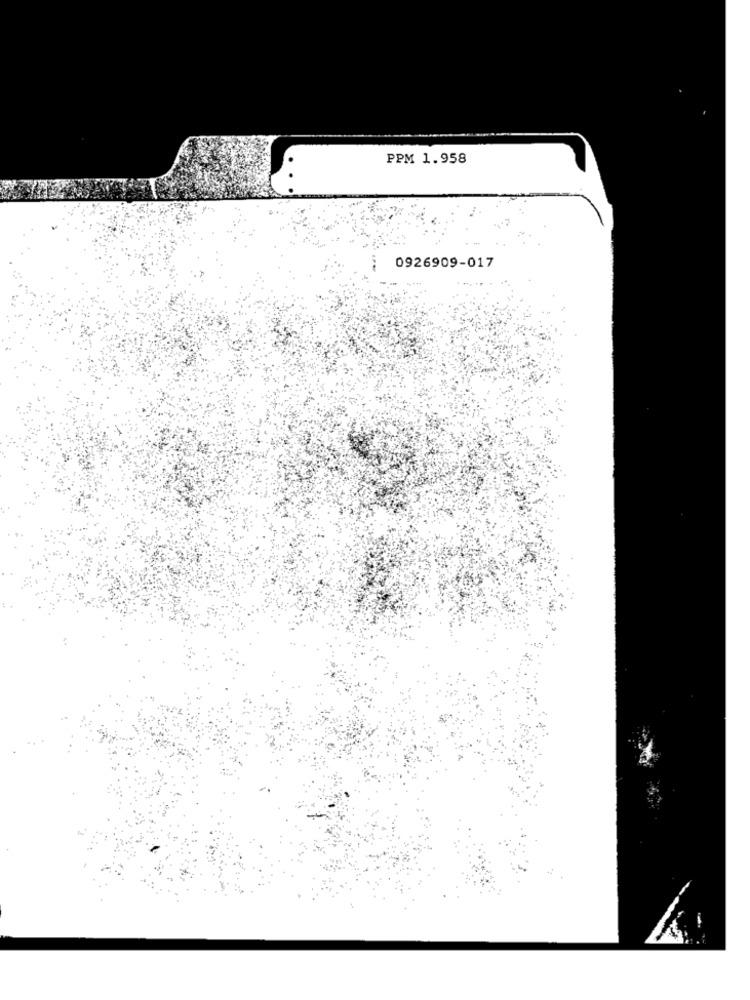
PPM 1.958
0926909-017